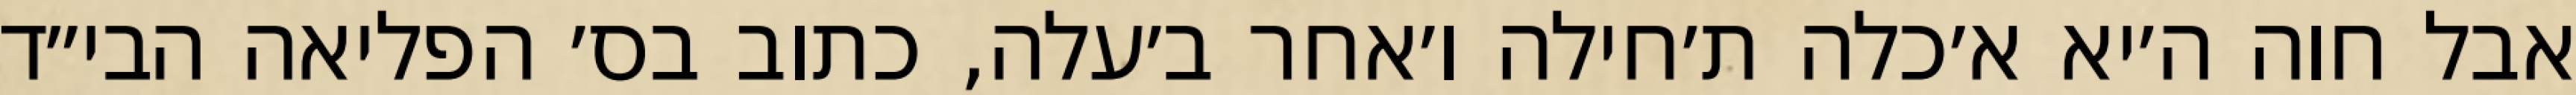
אבל חוה ה׳יא א׳כלה ת׳חילה ו׳אחר ב׳עלה, כתוב בס׳ הפליאה הבי״ד